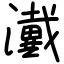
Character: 瀻